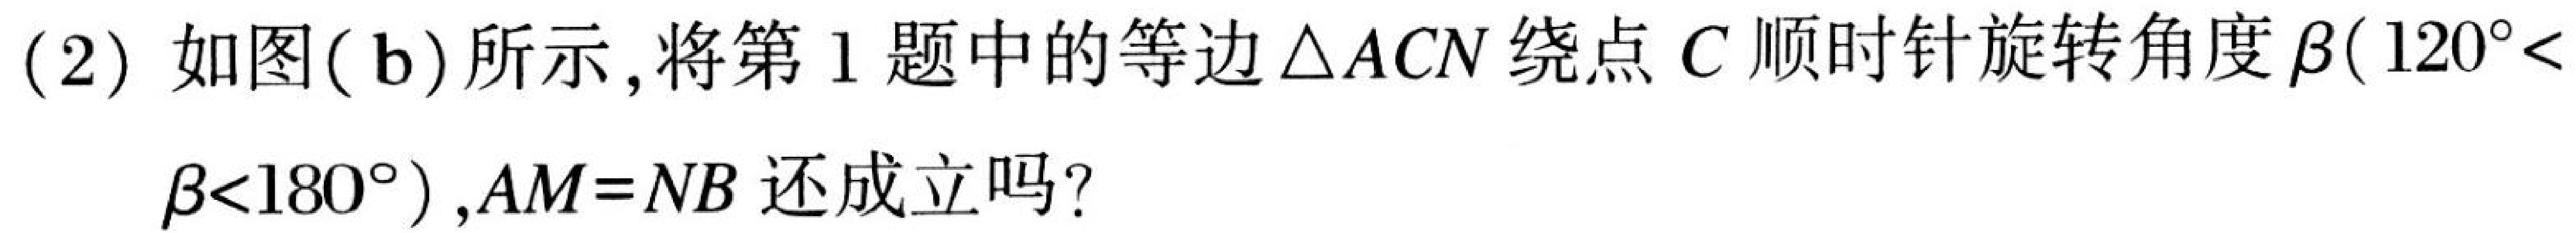
(2) 如图(b)所示,将第1题中的等边\(\triangle ACN\)绕点\(C\)顺时针旋转角度\(\beta(120^{\circ}<\beta<180^{\circ})\),\(AM = NB\)还成立吗?